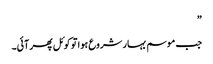
”
جب موسم بہار شروع ہوا تو کوئل پھر آئی۔